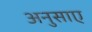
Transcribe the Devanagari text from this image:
अनुसाए